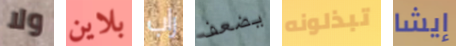
ولا بلاين راب يضعف تبذلونه إيشا